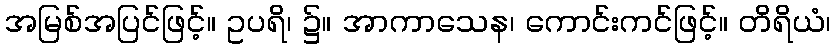
အမြစ်အပြင်ဖြင့်။ ဥပရိ၊ ၌။ အာကာသေန၊ ကောင်းကင်ဖြင့်။ တိရိယံ၊